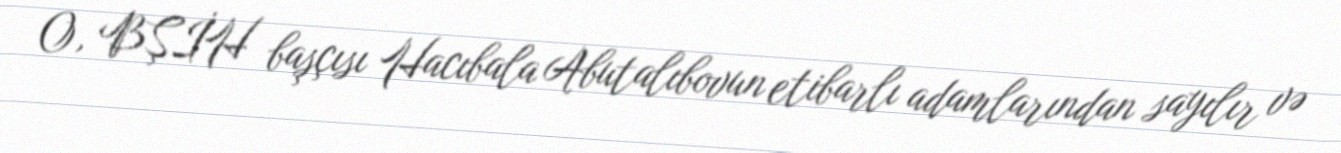
O, BŞİH başçısı Hacıbala Abutalıbovun etibarlı adamlarından sayılır və